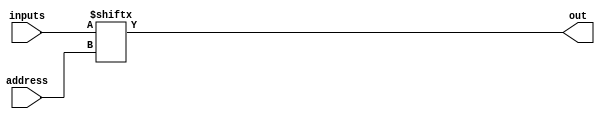
module mux32to1by1
(
output      out,
input[4:0]  address,
input[31:0] inputs
);
  wire out;
  wire[4:0] address;
  wire[31:0] inputs;

  assign out = inputs[address];
endmodule